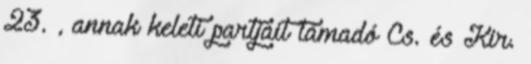
23. , annak keleti partjait támadó Cs. és Kir.